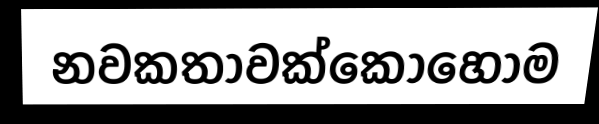
නවකතාවක්කොහොම